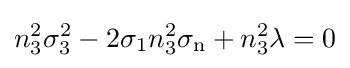
n_{3}^{2}\sigma _{3}^{2}-2\sigma _{1}n_{3}^{2}\sigma _{\text{n}}+n_{3}^{2}\lambda =0